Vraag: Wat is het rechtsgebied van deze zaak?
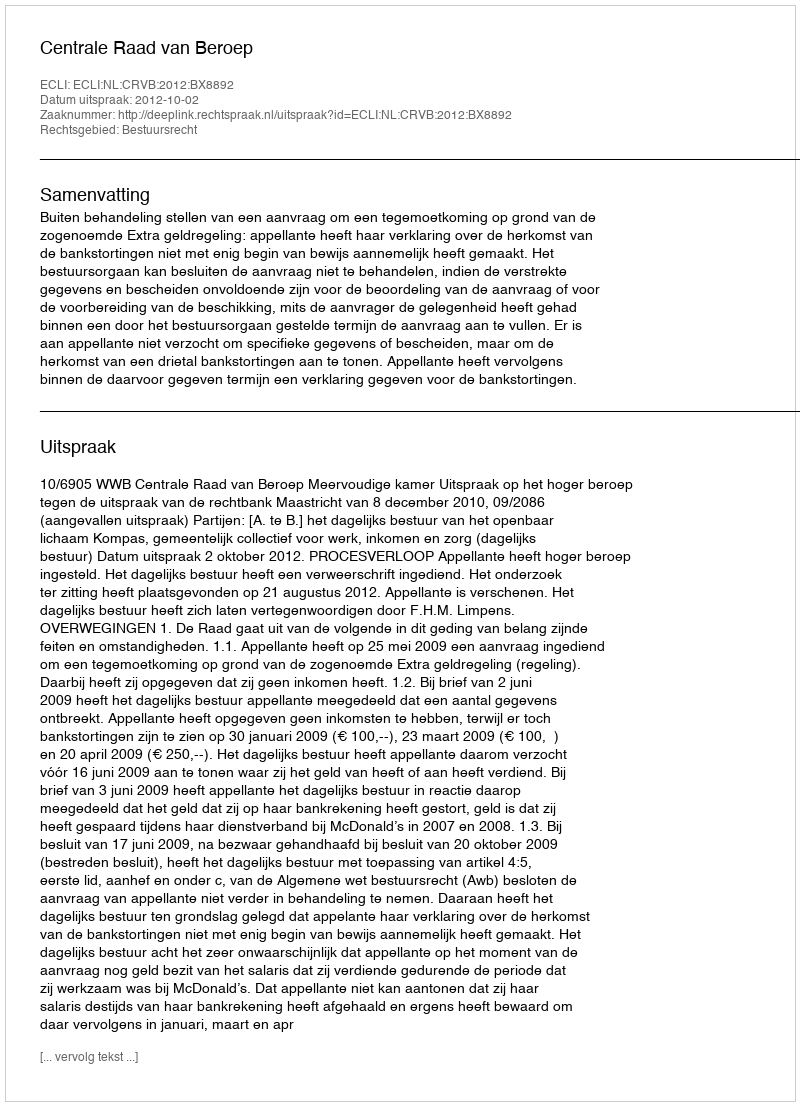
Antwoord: Bestuursrecht